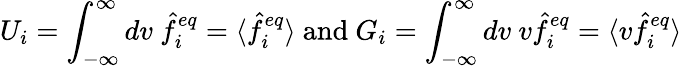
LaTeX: U_{i}=\int_{-\infty}^{\infty}dv\ \hat{f}_{i}^{eq}=\langle\hat{f}_{i}^{eq}\rangle\ \textrm{and}\ G_{i}=\int_{-\infty}^{\infty}dv\ v\hat{f}_{i}^{eq}=\langle v\hat{f}_{i}^{eq}\rangle